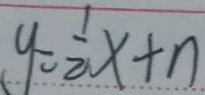
y = \frac { 1 } { 2 } x + n